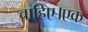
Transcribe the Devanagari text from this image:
चाहिए।एक